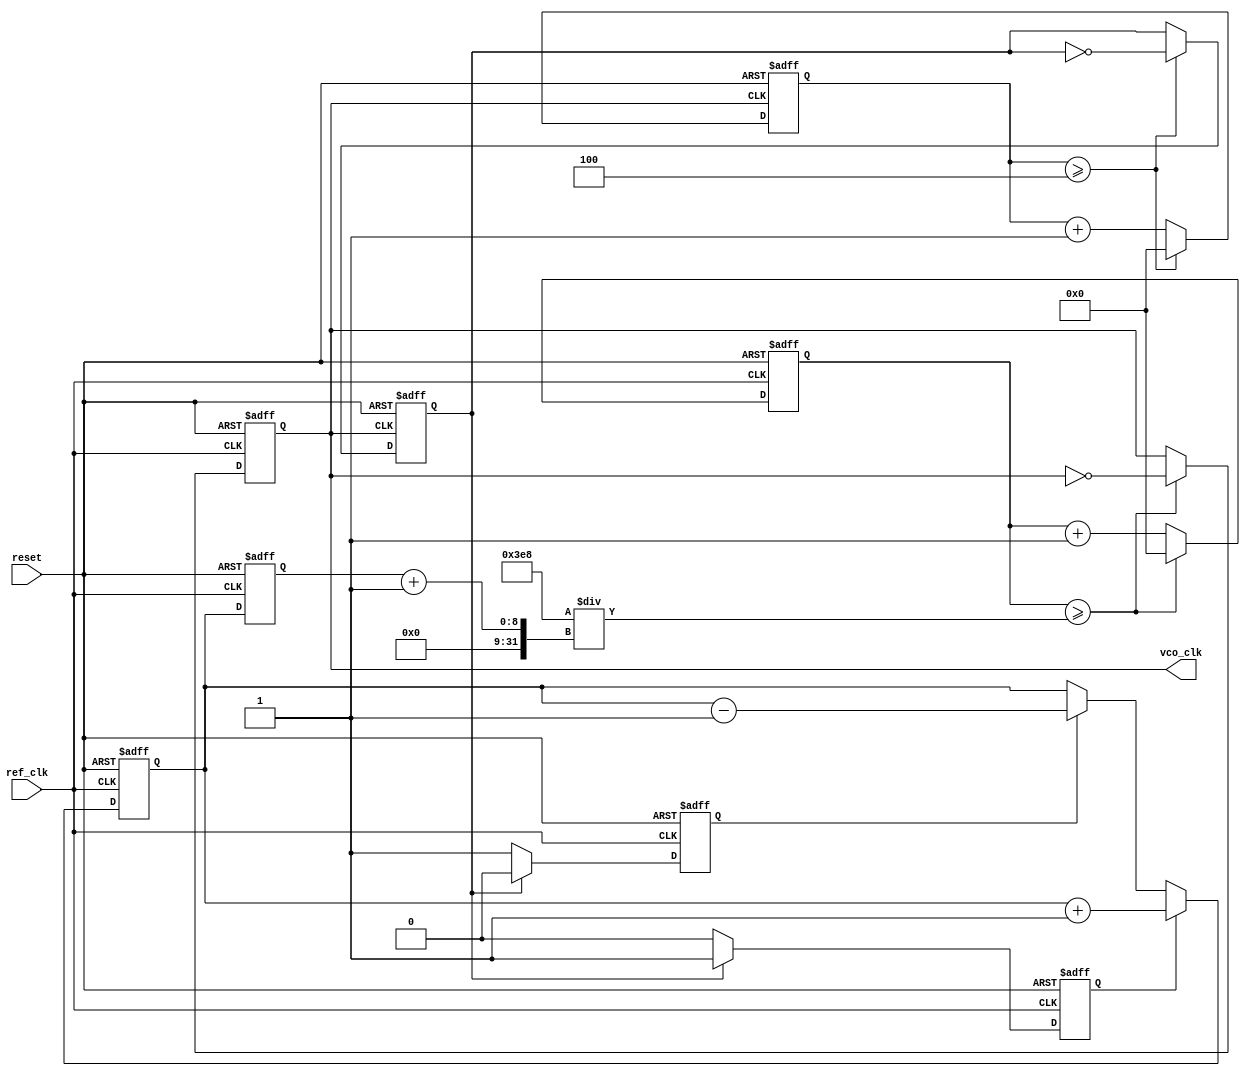
module integer_n_pll #(
    parameter N = 4,                  // Division ratio
    parameter VCO_MAX_FREQ = 1000,   // Maximum output frequency of VCO
    parameter REFERENCE_FREQ = 100    // Reference frequency
)(
    input wire ref_clk,               // Reference clock input
    input wire reset,                 // Asynchronous reset
    output reg vco_clk                // VCO output clock
);

// PFD Signals
reg pfd_up;                          // Up signal from PFD
reg pfd_down;                        // Down signal from PFD

// Charge Pump Output
reg [7:0] charge_pump_output;       // Output voltage of Charge Pump

// Loop Filter (simple first-order)
reg [7:0] filter_output;             // Filtered output voltage

// VCO Control Voltage
reg [7:0] vco_control_voltage;       // Control voltage for VCO

// VCO Output Frequency
reg [31:0] vco_counter;              // Counter for VCO
reg vco_enable;                      // VCO enable signal

// Divider counter
reg [31:0] divider_counter;           // Counter for Divider
reg feedback_clk;                    // Feedback to PFD

// PFD Logic
always @(posedge ref_clk or posedge reset) begin
    if (reset) begin
        pfd_up <= 0;
        pfd_down <= 0;
    end else begin
        if (feedback_clk == 1) begin
            pfd_up <= 1;   // Reference clock is ahead
            pfd_down <= 0;
        end else if (feedback_clk == 0) begin
            pfd_up <= 0;
            pfd_down <= 1; // Reference clock is behind
        end else begin
            pfd_up <= 0;
            pfd_down <= 0; // Equal situation
        end
    end
end

// Charge Pump Logic
always @(posedge ref_clk or posedge reset) begin
    if (reset) begin
        charge_pump_output <= 0;
    end else begin
        if (pfd_up) begin
            charge_pump_output <= charge_pump_output + 1; // Charge up
        end else if (pfd_down) begin
            charge_pump_output <= charge_pump_output - 1; // Discharge
        end
    end
end

// Loop Filter (simple low-pass)
always @(posedge ref_clk or posedge reset) begin
    if (reset) begin
        filter_output <= 0;
    end else begin
        filter_output <= charge_pump_output; // Directly pass for simplicity
    end
end

// VCO Logic
always @(posedge ref_clk or posedge reset) begin
    if (reset) begin
        vco_control_voltage <= 0;
        vco_counter <= 0;
        vco_enable <= 0;
        vco_clk <= 0;
    end else begin
        vco_control_voltage <= filter_output;  // Set control voltage from filter output
        
        // VCO frequency control based on control voltage
        vco_counter <= vco_counter + 1;
        if (vco_counter >= VCO_MAX_FREQ / (filter_output + 1)) begin
            vco_clk <= ~vco_clk; // Toggle VCO clock
            vco_counter <= 0;
        end

        vco_enable <= 1; // Enable VCO always for this design
    end
end

// Divider Logic
always @(posedge vco_clk or posedge reset) begin
    if (reset) begin
        divider_counter <= 0;
        feedback_clk <= 0;
    end else begin
        divider_counter <= divider_counter + 1;
        if (divider_counter >= N) begin
            feedback_clk <= ~feedback_clk; // Output divided feedback clock
            divider_counter <= 0; // Reset divider counter
        end
    end
end

endmodule